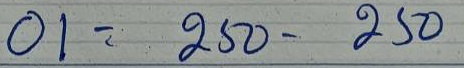
01 = 250 -250